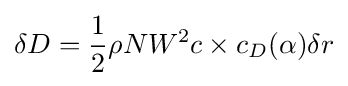
\delta D={\frac {1}{2}}\rho NW^{2}c\times c_{D}(\alpha )\delta r